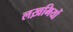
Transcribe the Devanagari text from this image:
लख़मियों